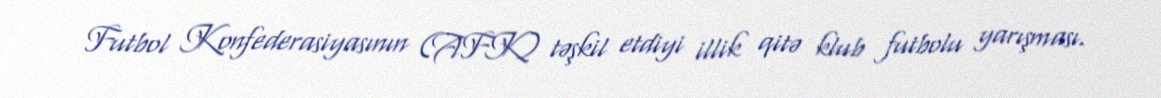
Futbol Konfederasiyasının (AFK) təşkil etdiyi illik qitə klub futbolu yarışması.